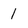
Character: 1